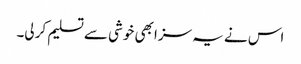
اس نے یہ سزا بھی خوشی سے تسلیم کر لی۔